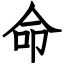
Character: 命